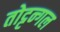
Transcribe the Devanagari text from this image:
तोट्टन्गल